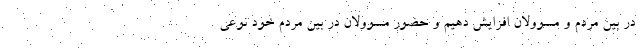
در بین مردم و مسوولان افزایش دهیم و حضور مسوولان در بین مردم خود نوعی